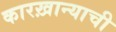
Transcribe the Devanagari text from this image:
कारख़ान्याची